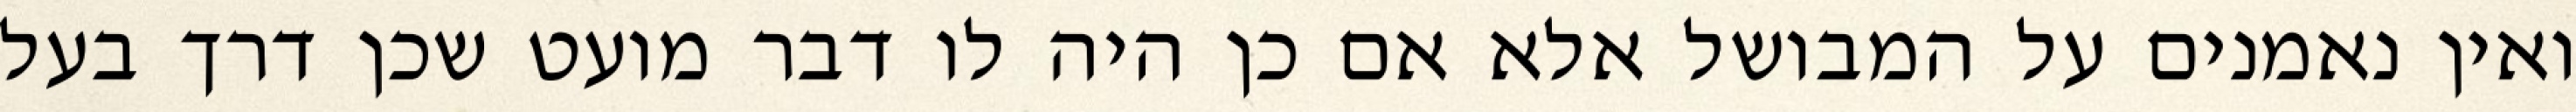
ואין נאמנים על המבושל אלא אם כן היה לו דבר מועט שכן דרך בעל